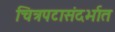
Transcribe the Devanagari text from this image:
चित्रपटासंदर्भात